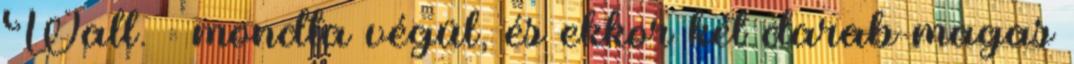
Wall. – mondta végül, és ekkor két darab magas